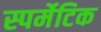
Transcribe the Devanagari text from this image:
स्पर्मेटिक